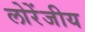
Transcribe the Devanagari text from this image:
लोरेंजीय